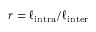
r = \ell _ { \mathrm { i n t r a } } / \ell _ { \mathrm { i n t e r } }